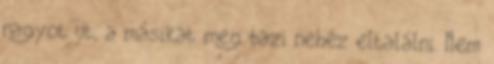
nagyot üt, a másikat meg bazi nehéz eltalálni. Nem